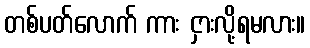
တစ်ပတ်လောက် ကား ငှားလို့ရမလား။